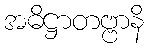
အဓိဋ္ဌာတဗ္ဗာနိ